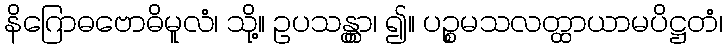
နိဂြောဓဗောဓိမူလံ၊ သို့။ ဥပသန္တွာ၊ ၍။ ပဉ္စမသလတ္ထာယာမပိဋ္ဌတံ၊